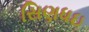
સિણધઇ